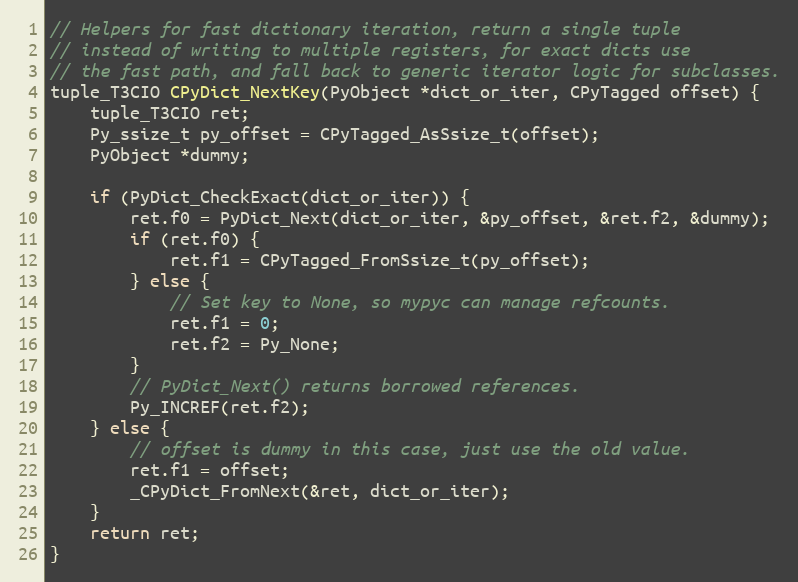
Language: C
// Helpers for fast dictionary iteration, return a single tuple
// instead of writing to multiple registers, for exact dicts use
// the fast path, and fall back to generic iterator logic for subclasses.
tuple_T3CIO CPyDict_NextKey(PyObject *dict_or_iter, CPyTagged offset) {
    tuple_T3CIO ret;
    Py_ssize_t py_offset = CPyTagged_AsSsize_t(offset);
    PyObject *dummy;

    if (PyDict_CheckExact(dict_or_iter)) {
        ret.f0 = PyDict_Next(dict_or_iter, &py_offset, &ret.f2, &dummy);
        if (ret.f0) {
            ret.f1 = CPyTagged_FromSsize_t(py_offset);
        } else {
            // Set key to None, so mypyc can manage refcounts.
            ret.f1 = 0;
            ret.f2 = Py_None;
        }
        // PyDict_Next() returns borrowed references.
        Py_INCREF(ret.f2);
    } else {
        // offset is dummy in this case, just use the old value.
        ret.f1 = offset;
        _CPyDict_FromNext(&ret, dict_or_iter);
    }
    return ret;
}